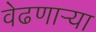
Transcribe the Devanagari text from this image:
वेढणार्‍या